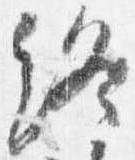
終